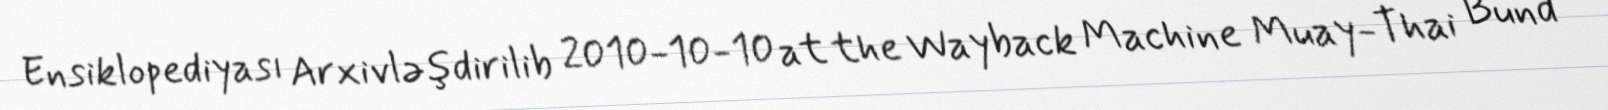
Ensiklopediyası Arxivləşdirilib 2010-10-10 at the Wayback Machine Muay-Thai Bund